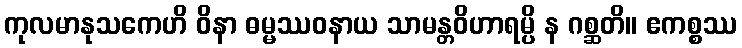
ကုလမာနုသကေဟိ ဝိနာ ဓမ္မဿဝနာယ သာမန္တဝိဟာရမ္ပိ န ဂစ္ဆတိ။ ဧကစ္စဿ